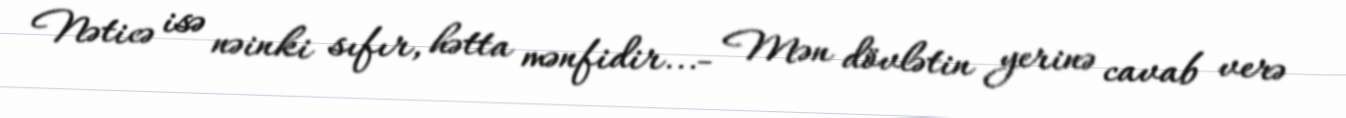
Nəticə isə nəinki sıfır, hətta mənfidir...- Mən dövlətin yerinə cavab verə